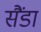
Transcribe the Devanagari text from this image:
सैंडा